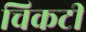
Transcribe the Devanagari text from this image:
चिकटी